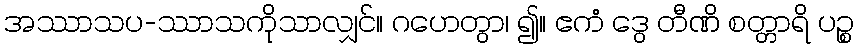
အဿာသပ-ဿာသကိုသာလျှင်။ ဂဟေတွာ၊ ၍။ ဧကံ ဒွေ တီဏိ စတ္တာရိ ပဉ္စ